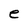
Character: e